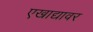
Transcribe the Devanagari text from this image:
एखाद्यावर